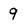
Character: 9